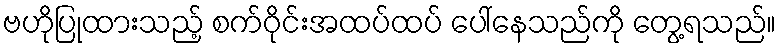
ဗဟိုပြုထားသည့် စက်ဝိုင်းအထပ်ထပ် ပေါ်နေသည်ကို တွေ့ရသည်။